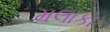
મલાકા